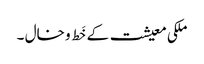
ملکی معیشت کے خَط و خال ۔